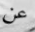
عن